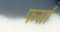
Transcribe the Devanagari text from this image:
फर्सा